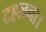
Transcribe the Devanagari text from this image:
टहलना।